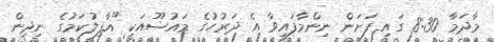
މާދަމާ 8:30 ގައި ފަށަން ނިންމާފައިވާ އެ ދަރުހުގެ މައުޟޫއަކީ "ޣާފިލުކަމުގެ ނިދިން